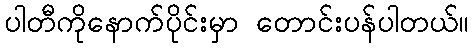
ပါတီကိုနောက်ပိုင်းမှာ တောင်းပန်ပါတယ်။